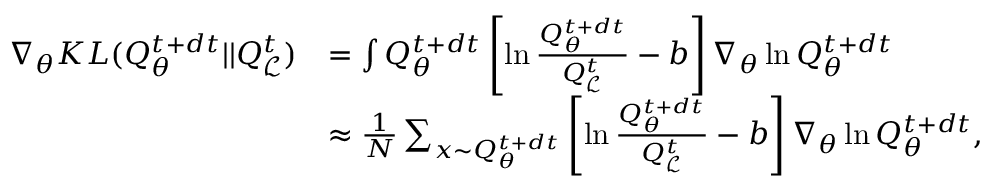
\begin{array} { r l } { \nabla _ { \theta } K L ( Q _ { \theta } ^ { t + d t } | | Q _ { \mathcal { L } } ^ { t } ) } & { = \int Q _ { \theta } ^ { t + d t } \left[ \ln \frac { Q _ { \theta } ^ { t + d t } } { Q _ { \mathcal { L } } ^ { t } } - b \right] \nabla _ { \theta } \ln Q _ { \theta } ^ { t + d t } } \\ & { \approx \frac { 1 } { N } \sum _ { x \sim Q _ { \theta } ^ { t + d t } } \left[ \ln \frac { Q _ { \theta } ^ { t + d t } } { Q _ { \mathcal { L } } ^ { t } } - b \right] \nabla _ { \theta } \ln Q _ { \theta } ^ { t + d t } , } \end{array}